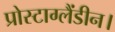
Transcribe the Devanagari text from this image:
प्रोस्टाग्लैंडीन।